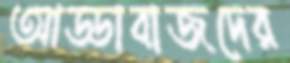
আড্ডাবাজদের